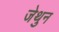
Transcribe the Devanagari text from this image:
जेथुन